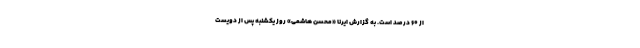
از ۶۰ درصد است. به گزارش ایرنا «محسن هاشمی» روز یکشنبه پس از دویست